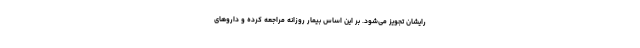
رایشان تجویز می‌شود. بر این اساس بیمار روزانه مراجعه کرده و داروهای